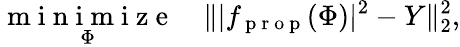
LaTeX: \underset{\Phi}{\mathrm{~m~i~n~i~m~i~z~e~}}\quad\| |f_{\mathrm{~p~r~o~p~}}(\Phi)|^{2}-Y\| _{2}^{2},